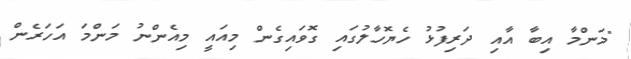
"މަންމާ އިބާ އާއި ދަރިފުޅު ހެޔޮހާލުގައި ގޮވައިގެން މިއައީ މިއެންނު މަންމަ އަހަރެން